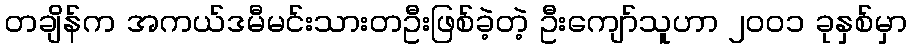
တချိန်က အကယ်ဒမီမင်းသားတဦးဖြစ်ခဲ့တဲ့ ဦးကျော်သူဟာ ၂၀၀၁ ခုနှစ်မှာ